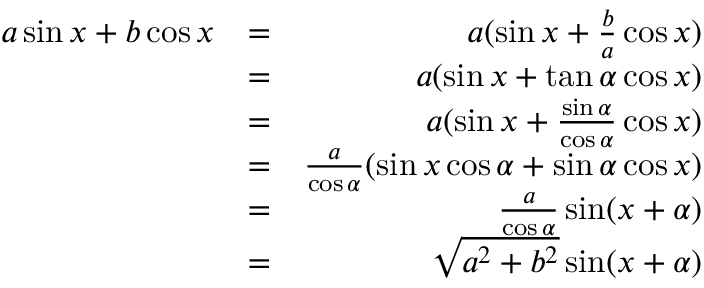
\begin{array} { r l r } { a \sin x + b \cos x } & { = } & { a ( \sin x + \frac { b } { a } \cos x ) } \\ & { = } & { a ( \sin x + \tan \alpha \cos x ) } \\ & { = } & { a ( \sin x + \frac { \sin \alpha } { \cos \alpha } \cos x ) } \\ & { = } & { \frac { a } { \cos \alpha } ( \sin x \cos \alpha + \sin \alpha \cos x ) } \\ & { = } & { \frac { a } { \cos \alpha } \sin ( x + \alpha ) } \\ & { = } & { \sqrt { a ^ { 2 } + b ^ { 2 } } \sin ( x + \alpha ) } \end{array}